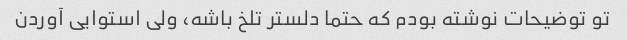
تو توضیحات نوشته بودم که حتما دلستر تلخ باشه، ولی استوایی آوردن